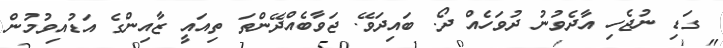
ގަޑި ނުޖެހި އާދެވުނު ދުވަހެއް ދޯ. ބައިދަވޭ. ޖަވާބެއްދޭންތަ ތިއައީ ޒާއިންގެ އަޑުއިވުމުން